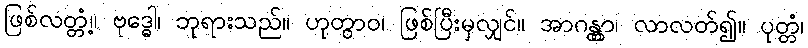
ဖြစ်လတ္တံ့။ ဗုဒ္ဓေါ၊ ဘုရားသည်။ ဟုတွာဝ၊ ဖြစ်ပြီးမှလျှင်။ အာဂန္တွာ၊ လာလတ်၍။ ပုတ္တံ၊